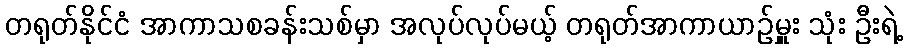
တရုတ်နိုင်ငံ အာကာသစခန်းသစ်မှာ အလုပ်လုပ်မယ့် တရုတ်အာကာယာဉ်မှူး သုံး ဦးရဲ့